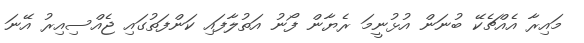
މައިރާ އެއްޗެކޭ ބުނަން އުޅުނީމަ ރެޔާން ފޯނު އަތުލާފައި ކަންފަތުގައި ޖެއްސިއިރު އޭނަ